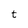
Character: t